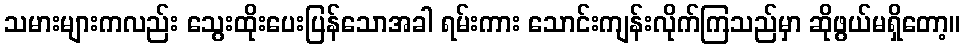
သမားများကလည်း သွေးထိုးပေးပြန်သောအခါ ရမ်းကား သောင်းကျန်းလိုက်ကြသည်မှာ ဆိုဖွယ်မရှိတော့။